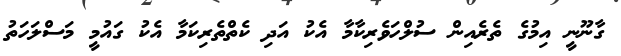
ގާނޫނީ އިމުގެ ތެރެއިން ސުލްހަވެރިކާމާ އެކު އަދި ކެތްތެރިކަމާ އެކު ގައުމީ މަސްލަހަތު